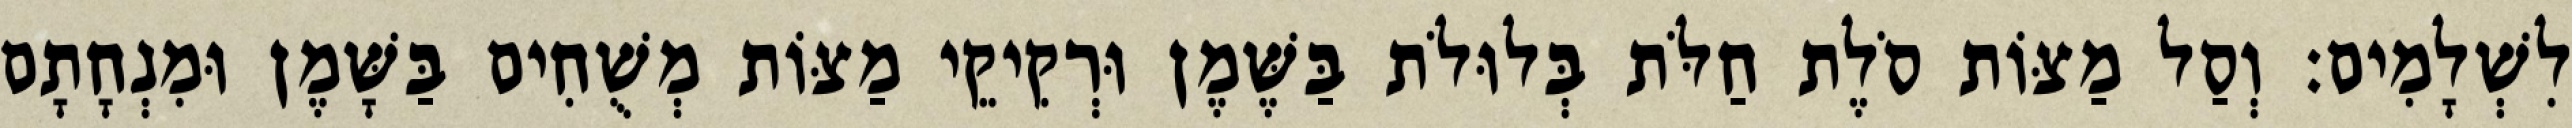
לִשְׁלָמִים׃ וְסַל מַצּוֹת סֹלֶת חַלֹּת בְּלוּלֹת בַּשֶּׁמֶן וּרְקִיקֵי מַצּוֹת מְשֻׁחִים בַּשָּׁמֶן וּמִנְחָתָם